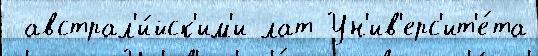
 австрал'и́йск'им'и лат Ун'ив'ерс'ит'е́та